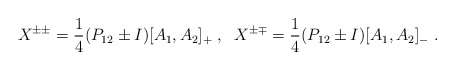
\begin{align*}X^{\pm \pm} =\frac{1}{4} (P_{12} \pm I) [ A_{1}, A_{2} ]_{+} \; , \;\;X^{\pm \mp} =\frac{1}{4} (P_{12} \pm I) [ A_{1}, A_{2} ]_{-} \; .\end{align*}